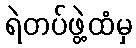
ရဲတပ်ဖွဲ့ထံမှ